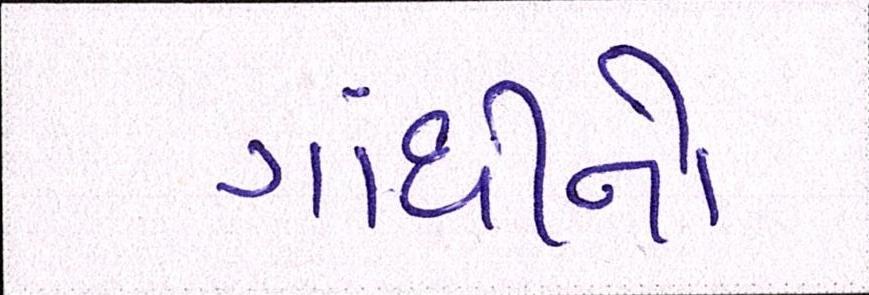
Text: ગાંધીનો